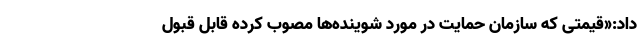
داد:«قیمتی که سازمان حمایت در مورد شوینده‌ها مصوب کرده قابل‌ قبول